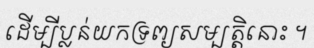
ដើម្បីប្លន់យកទ្រព្យសម្បត្តិនោះ ។